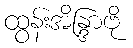
ထွန်းအိန္ဒြာဗို